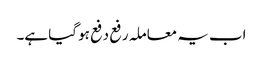
اب یہ معاملہ رفع دفع ہو گیا ہے۔